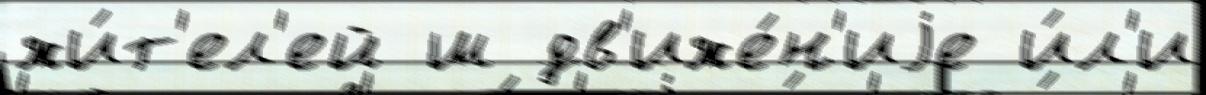
жи́т'ел'ей ш дв'иже́н'иjе и́л'и